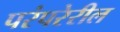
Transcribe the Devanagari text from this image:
परंपरेरील